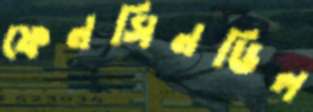
ফেনসিনডিল